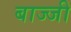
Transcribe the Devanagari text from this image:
बाज्जी